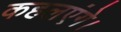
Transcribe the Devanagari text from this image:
कहलएंगे।